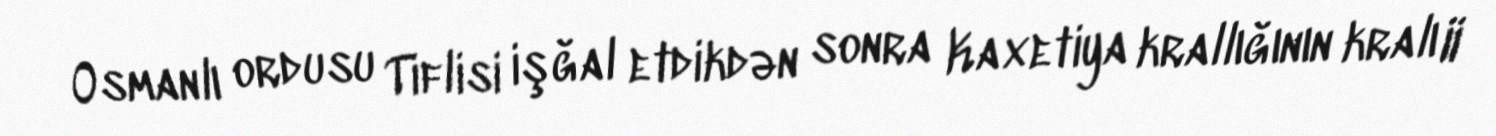
Osmanlı ordusu Tiflisi işğal etdikdən sonra Kaxetiya krallığının kralı II